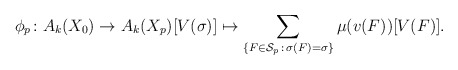
\begin{align*} \phi_p\colon A_k(X_0)\to A_k(X_p) [V(\sigma)]\mapsto \sum_{\{F\in\mathcal{S}_p\, :\, \sigma(F) = \sigma\}} \mu(v(F)) [V(F)].\end{align*}